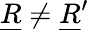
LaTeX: \underline{{R}}\neq\underline{{R}}^{\prime}